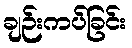
ချဉ်းကပ်ခြင်း